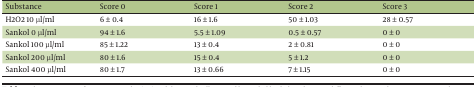
| Substance | Score 0 | Score 1 | Score 2 | Score 3 |
 | --- | --- | --- | --- | --- |
 | H2O2 10 μl/ml | 6 ± 0.4 | 16 ± 1.6 | 50 ± 1.03 | 28 ± 0.57 |
 | Sankol 0 μl/ml | 94 ± 1.6 | 5.5 ± 1.09 | 0.5 ± 0.57 | 0 ± 0 |
 | Sankol 100 μl/ml | 85 ± 1.22 | 13 ± 0.4 | 2 ± 0.81 | 0 ± 0 |
 | Sankol 200 μl/ml | 80 ± 1.6 | 15 ± 0.4 | 5 ± 1.2 | 0 ± 0 |
 | Sankol 400 μl/ml | 80 ± 1.7 | 13 ± 0.66 | 7 ± 1.15 | 0 ± 0 |